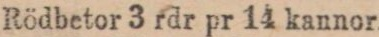
Rödbetor 3 rdr pr 14 kannor.